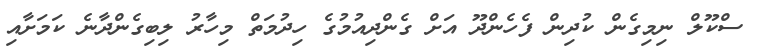
ސްކޫލް ނިމިގެން ކުދިން ފެހެންދޫ އަށް ގެންދިއުމުގެ ހިދުމަތް މިހާރު ލިބިގެންދާނެ ކަމަށާއި